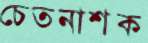
চেতনাশক